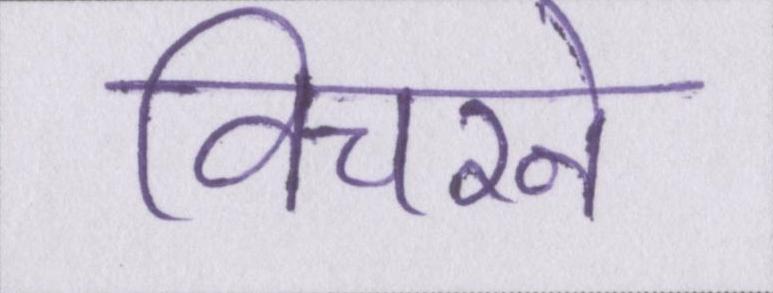
विचरने